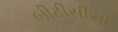
બીટીસીસી